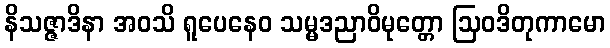
နိသဇ္ဇာဒိနာ အဝသိ ရူပေနေဝ သမ္မဒညာဝိမုတ္တော ဩဝဒိတုကာမော